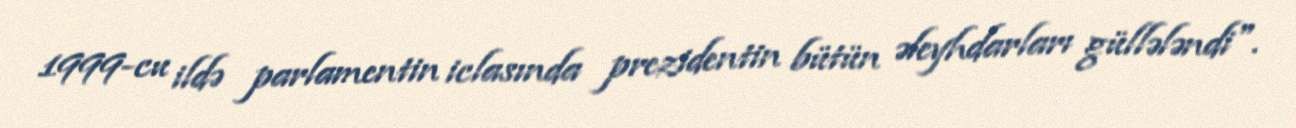
1999-cu ildə parlamentin iclasında prezidentin bütün əleyhdarları güllələndi".